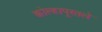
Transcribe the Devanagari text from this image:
कोल्हापूरतले